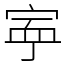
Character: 𡨴